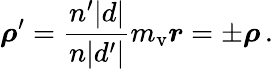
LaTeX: \boldsymbol\rho^{\prime}={\frac{n^{\prime}|d|}{n|d^{\prime}|}}m_{\mathrm{v}}\boldsymbol r=\pm\boldsymbol\rho\, .